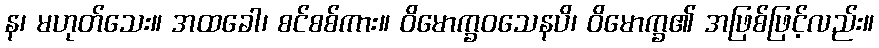
န၊ မဟုတ်သေး။ အထခေါ၊ စင်စစ်ကား။ ဝိမောက္ခဝသေနပိ၊ ဝိမောက္ခ၏ အဖြစ်ဖြင့်လည်း။